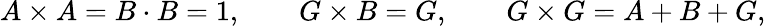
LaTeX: A\times A=B\cdot B=1,\quad\quad G\times B=G,\quad\quad G\times G=A+B+G,